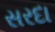
સરદા